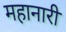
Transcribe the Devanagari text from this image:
महानारी